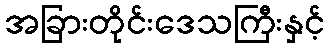
အခြားတိုင်းဒေသကြီးနှင့်